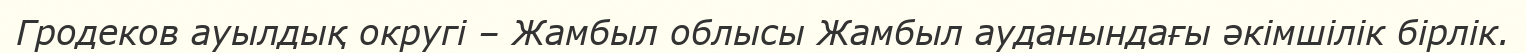
Гродеков ауылдық округі – Жамбыл облысы Жамбыл ауданындағы әкімшілік бірлік.